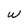
Character: w